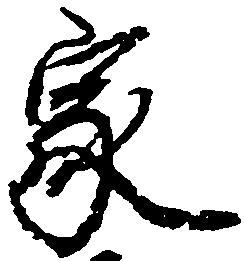
家